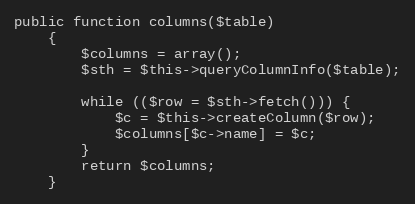
Language: PHP
public function columns($table)
	{
		$columns = array();
		$sth = $this->queryColumnInfo($table);

		while (($row = $sth->fetch())) {
			$c = $this->createColumn($row);
			$columns[$c->name] = $c;
		}
		return $columns;
	}